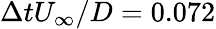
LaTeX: \Delta tU_{\infty}/D=0.072